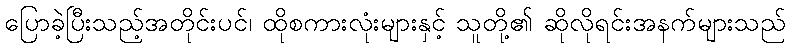
ပြောခဲ့ပြီးသည့်အတိုင်းပင်၊ ထိုစကားလုံးများနှင့် သူတို့၏ ဆိုလိုရင်းအနက်များသည်